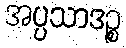
အပ္ပသာဒဉ္စ